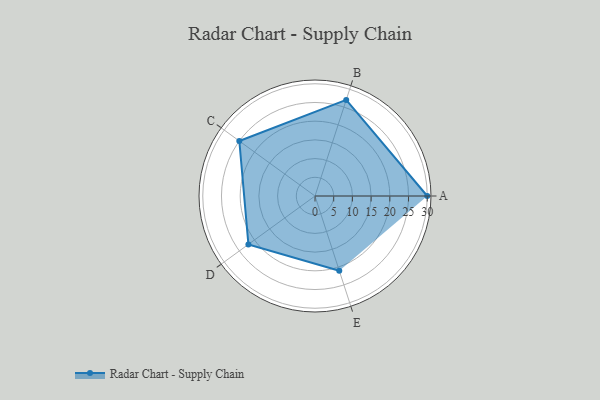
{"axis": {"x": "Skill", "y": "Score"}, "legend": ["Profile"], "data": [{"x": "A", "y": 30.0, "type": "Profile"}, {"x": "B", "y": 27.0, "type": "Profile"}, {"x": "C", "y": 25.0, "type": "Profile"}, {"x": "D", "y": 22.0, "type": "Profile"}, {"x": "E", "y": 21.0, "type": "Profile"}]}